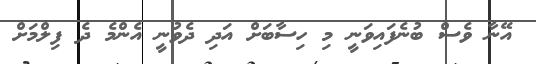
އޭނާ ވެސް ބުނެފައިވަނީ މި ހިސާބަށް އަދި ދެވުނީ އެންމެ ދެ ފިލްމަށް